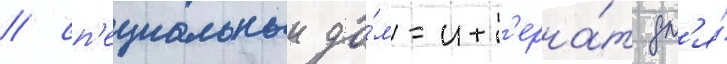
/ сп'ециальныи до́м-инт'ерна́т дл'я́